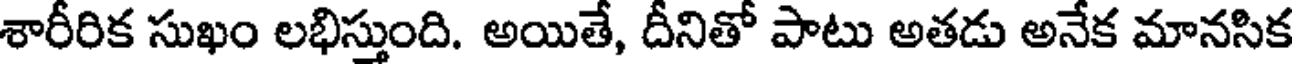
శారీరిక సుఖం లభిస్తుంది. అయితే, దీనితో పాటు అతడు అనేక మానసిక